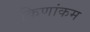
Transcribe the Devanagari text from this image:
किणांकम